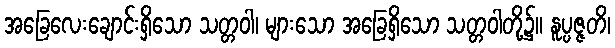
အခြေလေးချောင်းရှိသော သတ္တဝါ၊ များသော အခြေရှိသော သတ္တဝါတို့၌။ နူပ္ပဇ္ဇတိ၊